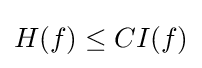
H(f)\leq CI(f)